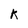
Character: k